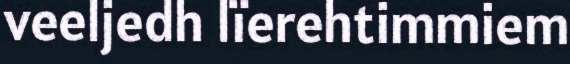
veeljedh lïerehtimmiem